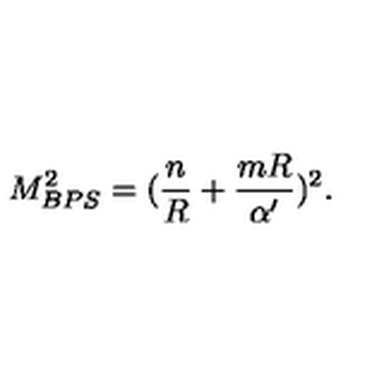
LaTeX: M _ { B P S } ^ { 2 } = ( { \frac { n } { R } } + { \frac { m R } { \alpha ^ { \prime } } } ) ^ { 2 } .